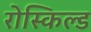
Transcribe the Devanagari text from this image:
रोस्किल्ड